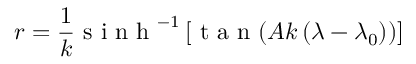
r = \frac { 1 } { k } \textrm { s i n h } ^ { - 1 } \left[ \textrm { t a n } ( A k \left( \lambda - \lambda _ { 0 } ) \right) \right]